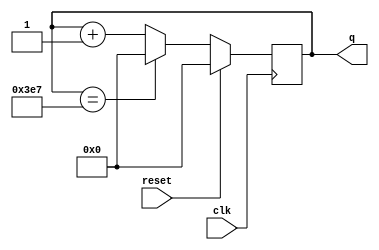
module top_module (
    input clk,
    input reset,
    output [9:0] q);
	
    always@(posedge clk)begin
        if(reset)
            q <= 0;
        else if(q == 999)
            q <= 0;
        else
            q <= q + 1;
    end
    
endmodule